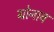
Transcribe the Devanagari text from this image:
ग्रोनाव